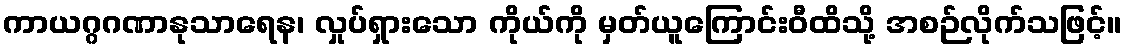
ကာယဂ္ဂဂဏာနုသာရေန၊ လှုပ်ရှားသော ကိုယ်ကို မှတ်ယူကြောင်းဝီထိသို့ အစဉ်လိုက်သဖြင့်။